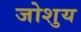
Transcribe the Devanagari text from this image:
जोशुय